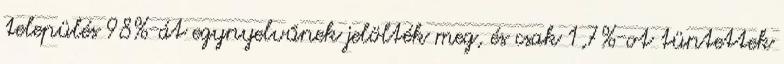
település 98%-át egynyelvűnek jelölték meg, és csak 1,7%-ot tüntettek